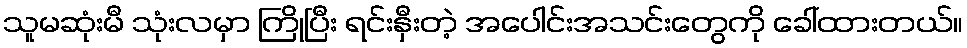
သူမဆုံးမီ သုံးလမှာ ကြိုပြီး ရင်းနှီးတဲ့ အပေါင်းအသင်းတွေကို ခေါ်ထားတယ်။